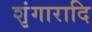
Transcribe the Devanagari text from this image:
शृंगारादि